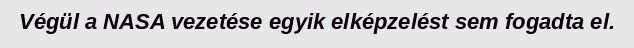
Végül a NASA vezetése egyik elképzelést sem fogadta el.